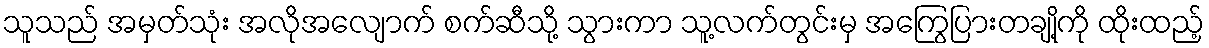
သူသည် အမှတ်သုံး အလိုအလျောက် စက်ဆီသို့ သွားကာ သူ့လက်တွင်းမှ အကြွေပြားတချို့ကို ထိုးထည့်